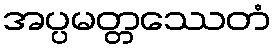
အပ္ပမတ္တဿေတံ